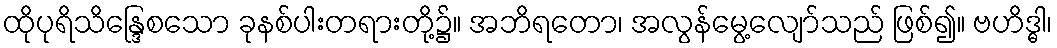
ထိုပုရိသိန္ဒြေစသော ခုနစ်ပါးတရားတို့၌။ အဘိရတော၊ အလွန်မွေ့လျော်သည် ဖြစ်၍။ ဗဟိဒ္ဓါ၊